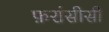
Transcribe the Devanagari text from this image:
फ़रांसीसी